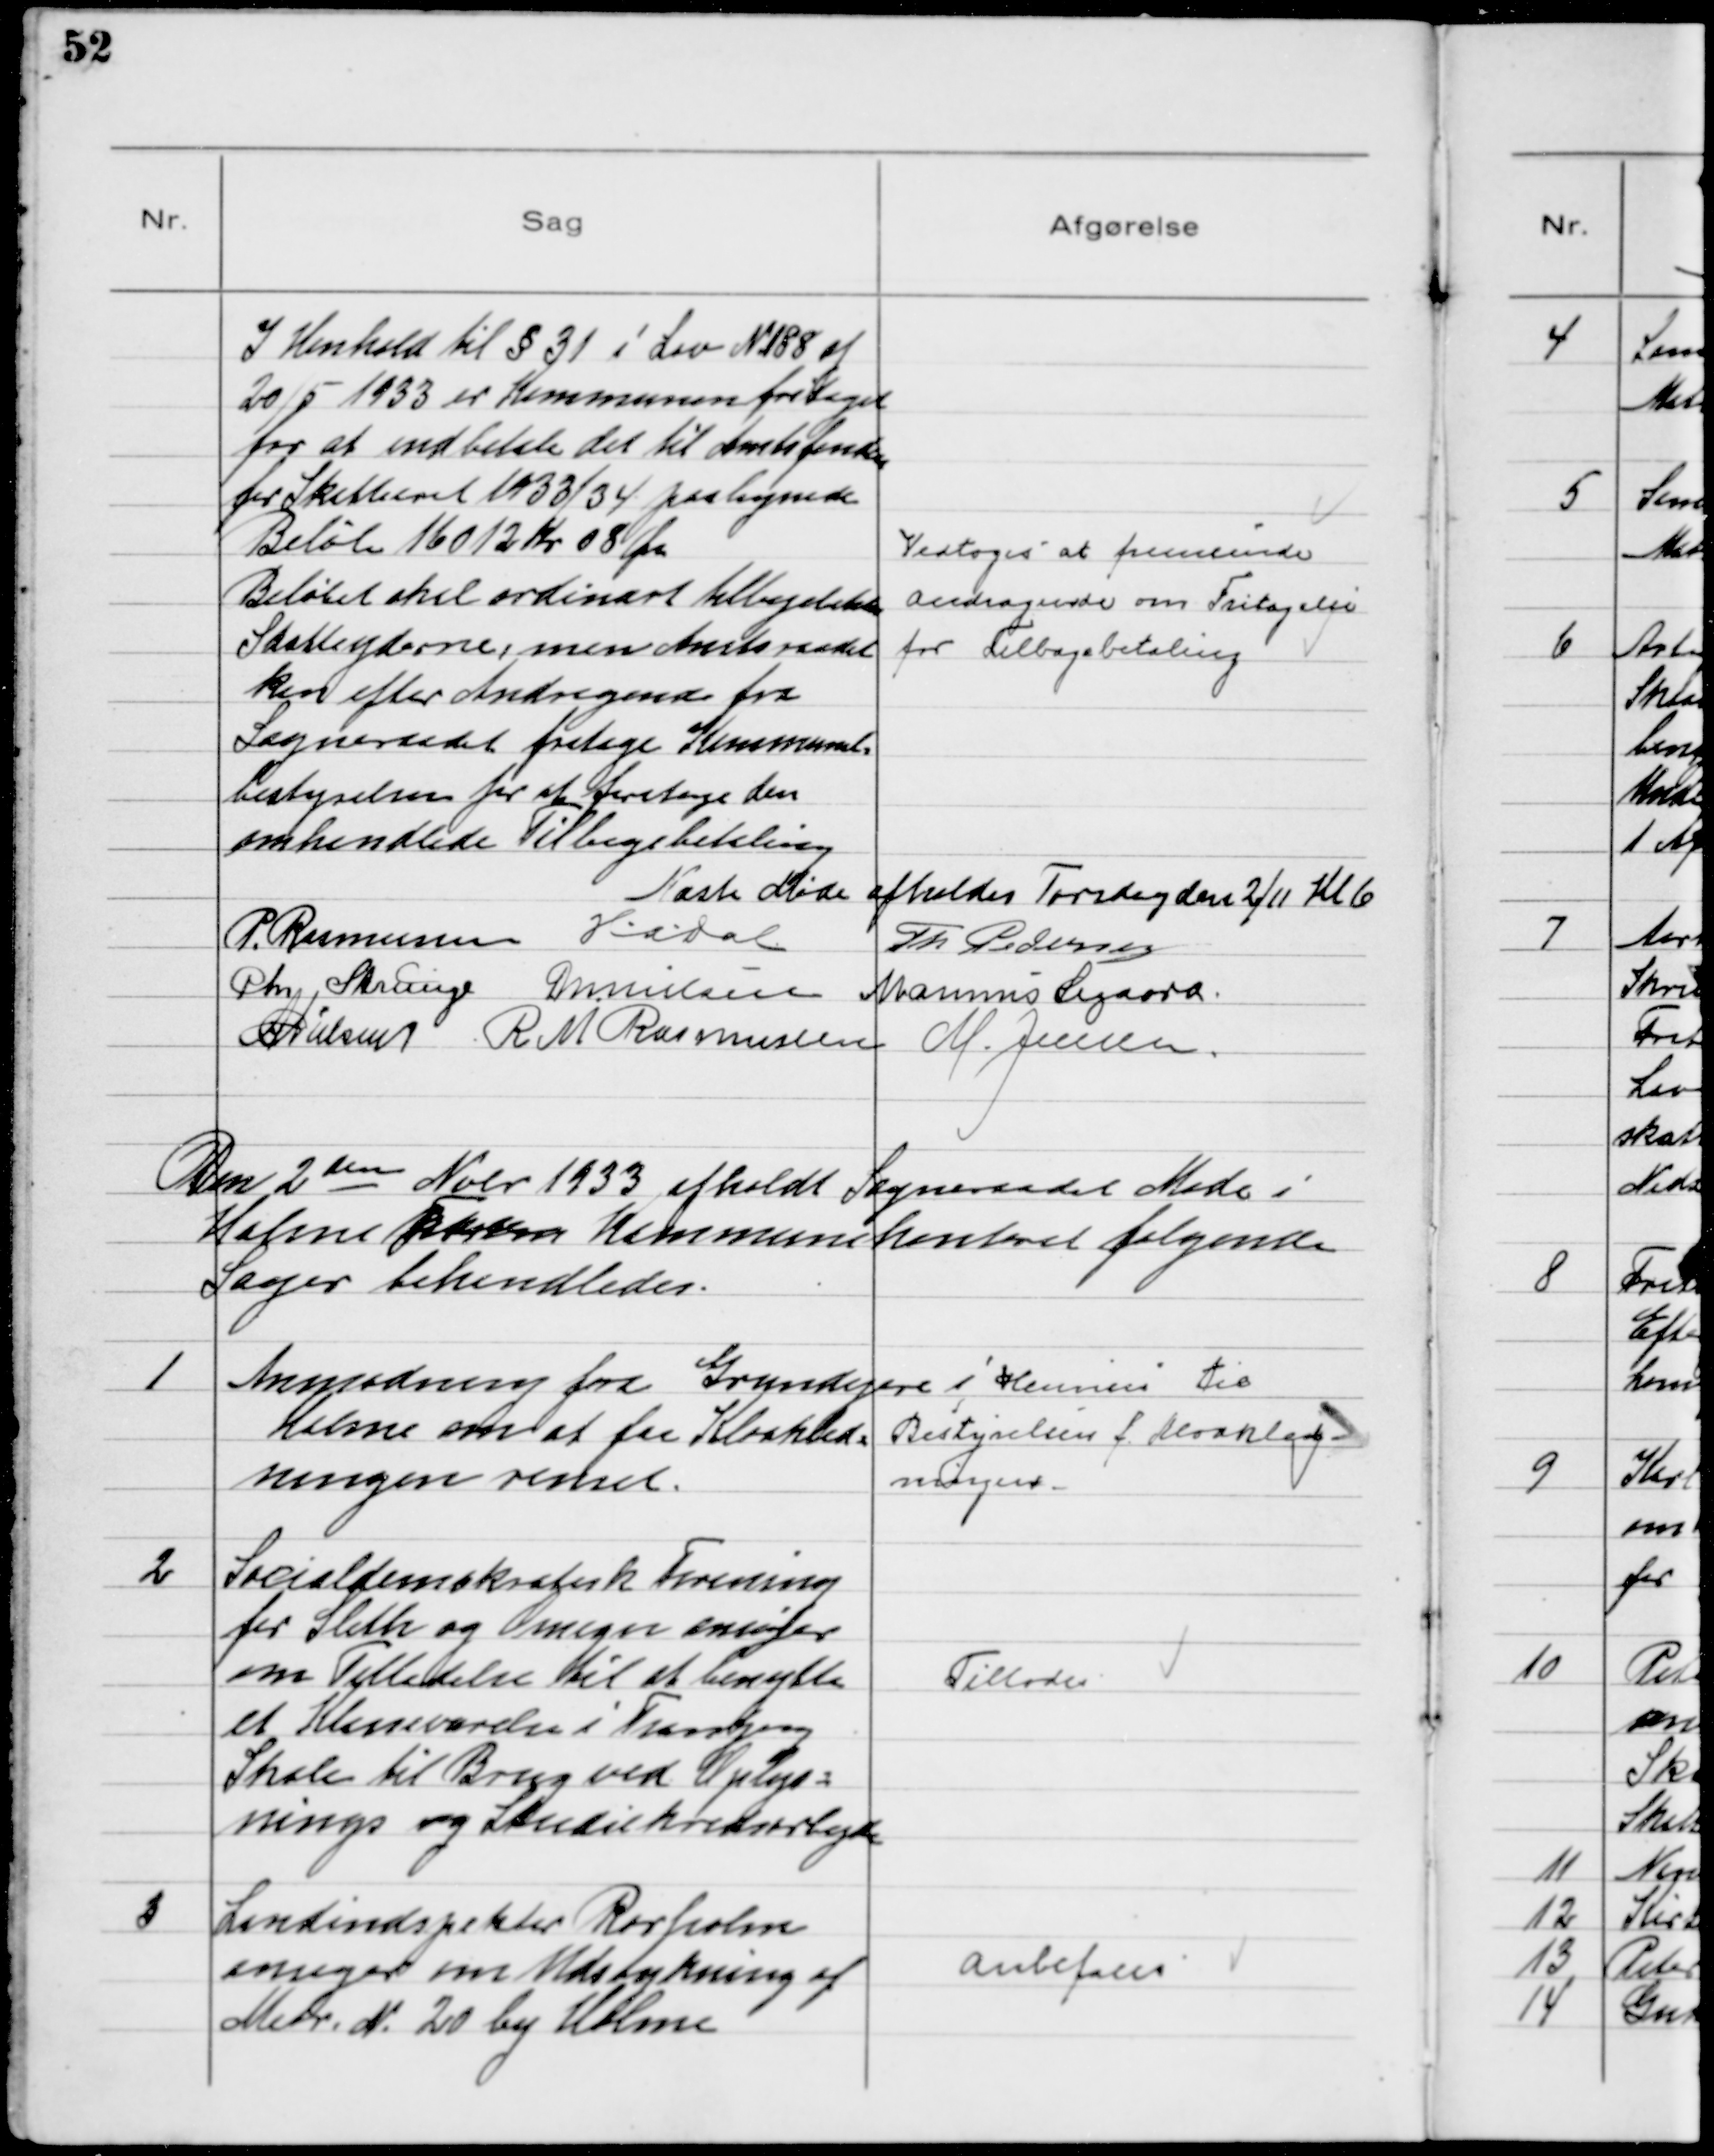
Transskription:
I Henhold til § 31 i Lov N. 188 af
20/5 1933 er Kommunen fritaget
for at indbetale det til Amtsfonden
for Skatteaaret 1933/34 paalignede
Beløb 16012 Kr 08 Øre
Beløbet skal ordinært tilbagebetales
Skatteyderne, men Amtsraadet
kan efter Andragende fra
Sogneraadet fritage Kommunal-
bestyrelsen for at foretage den
omhandlede Tilbagebetaling

Vedtoges at fremsende
andragende om Fritagelse
for Tilbagebetaling

Næste Møde afholdes Torsdag den 2/11 Kl 6
P. Rasmussen HADal Th Pedersen
Chr Strunge MNielsen Marinus Sigaard
NNielsen R M Rasmussen M. Jensen

Den 2den Nobr 1933 afholdt Sogneraadet Møde i
Holme Forsam Kommunekontoret følgende
Sager behandledes.

1
Anmodning fra Grundejere i
Holme om at faa Kloakled-
ningen renset.

Henvises til
Bestyrelsen f. Kloakled-
ningen.

2
Socialdemokratisk Forening
for Sleth og Omegn ansøger
om Tilladelse til at benytte
et Klasseværelse i Tranbjerg
Skole til Brug ved Oplys-
nings og Studiekredsarbejde

Tillodes

3
Landinspektør Rørholm
ansøger om Udstykning af
Matr. № 20 by Holme

Anbefales